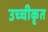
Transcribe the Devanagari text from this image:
उच्‍चीकृत